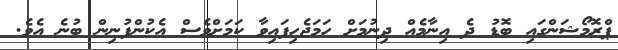
ޕްރޮމޯޝަންގައި ބޮޑު ދެ އިނާމެއް ދިނުމަށް ހަމަޖެހިފައިވާ ކަމަށްވެސް އެކުންފުނިން ބުނެ އެވެ.